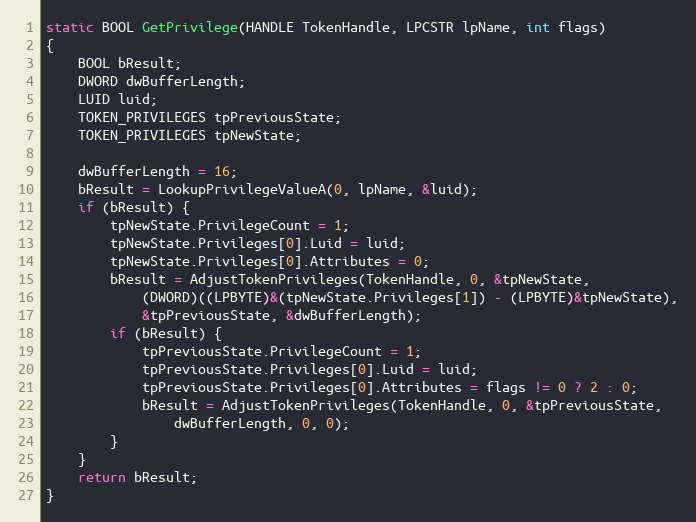
Language: C
static BOOL GetPrivilege(HANDLE TokenHandle, LPCSTR lpName, int flags)
{
	BOOL bResult;
	DWORD dwBufferLength;
	LUID luid;
	TOKEN_PRIVILEGES tpPreviousState;
	TOKEN_PRIVILEGES tpNewState;

	dwBufferLength = 16;
	bResult = LookupPrivilegeValueA(0, lpName, &luid);
	if (bResult) {
		tpNewState.PrivilegeCount = 1;
		tpNewState.Privileges[0].Luid = luid;
		tpNewState.Privileges[0].Attributes = 0;
		bResult = AdjustTokenPrivileges(TokenHandle, 0, &tpNewState,
			(DWORD)((LPBYTE)&(tpNewState.Privileges[1]) - (LPBYTE)&tpNewState),
			&tpPreviousState, &dwBufferLength);
		if (bResult) {
			tpPreviousState.PrivilegeCount = 1;
			tpPreviousState.Privileges[0].Luid = luid;
			tpPreviousState.Privileges[0].Attributes = flags != 0 ? 2 : 0;
			bResult = AdjustTokenPrivileges(TokenHandle, 0, &tpPreviousState,
				dwBufferLength, 0, 0);
		}
	}
	return bResult;
}